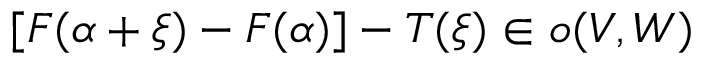
[ F ( \alpha + \xi ) - F ( \alpha ) ] - T ( \xi ) \in { \mathfrak { o } } ( V , W )